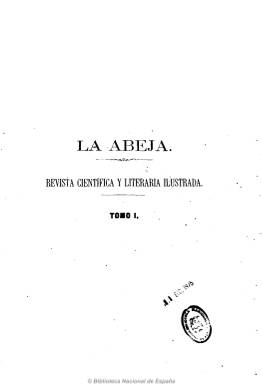
Título: La Abeja (Barcelona)
Colección: Ciencias || Cultura
Ámbito geográfico: Barcelona
Lugar de publicación: Barcelona
Fechas: 01/01/1862-31/12/1870

La revista ilustrada La Abeja, dirigida por Antonio Bergnes de las Casas y publicada en Barcelona entre 1862 y 1870, es una publicación que se autodefine como científica, literaria y germanófila. Por tanto, resulta interesante para estudiar la proyección cultural alemana en la España de la época, tanto en lo que respecta a la introducción de ciertas teorías científicas, por ejemplo, el evolucionismo, como en lo relativo a la popularización de la literatura e, incluso, el arte alemán.

La Abeja tiene por objetivo principal acercar el mundo germánico a los españoles de forma directa y libre de la mediación francesa que había actuado como filtro hasta ese momento. Una gran parte de su contenido lo constituye artículos traducidos de publicaciones alemanas. Precisamente su largo subtítulo reza: ‘revista científica y literaria ilustrada, principalmente extractada de los buenos escritores alemanes por una sociedad literaria’.

   Su periodicidad era mensual, con unas cuarenta páginas por número y con algunos grabados que hacen más amena su lectura. Los números se agrupan en tomos cada año con un índice alfabético por materias al final de cada tomo en el que se pueden localizar fácilmente los temas. Destaca el apartado final dedicado a pensamientos y máximas de pensadores y poetas.

  Antonio Bergnes de las Casas, el director de la revista, fue catedrático de griego, rector de la Universidad de Barcelona, concejal del Ayuntamiento de esta ciudad y senador, según se puede leer en el diccionario biográfico de la Real Academia de la Historia.

  De ideología progresista -una de sus obras se titula ‘La verdad sobre la República Federal’, destaca su labor como editor y divulgador de la ciencia. Además de La Abeja, dirigió la revista ilustrada El Museo de Familias. Curiosamente, pese a ser el principal helenista español del siglo XIX hasta su muerte, no llegó a publicar como editor ni una sola obra griega o latina, a excepción de sus gramáticas y retazos o fragmentos de los clásicos escogidos en La Abeja y en alguna otra publicación periódica de la época.

  En el primer número de la publicación aparece en griego y traducido al castellano el que era su lema y la razón de su nombre: ‘Bien así como vemos a la abeja posarse sobre todas las flores y extraer lo útil de cada una de ellas, asimismo deben los amantes de la instrucción probarlo todo, y recoger lo bueno donde quiera que se encuentre’.

Junto con Antonio Bergnes de las Casas, figuraban como colaboradores Miguel Guitart, doctor en Medicina, Antonio Sánchez Comendador, catedrático de Mineralogía y Zoología, y Antonio Rave, catedrático de Física, todos ellos en la Universidad de Barcelona.

[Descripción modificada el 17/08/2022]